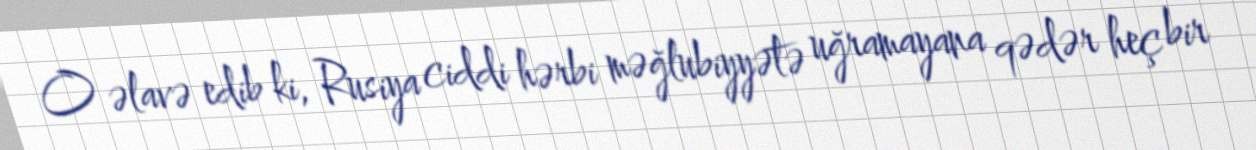
O əlavə edib ki, Rusiya ciddi hərbi məğlubiyyətə uğramayana qədər heç bir